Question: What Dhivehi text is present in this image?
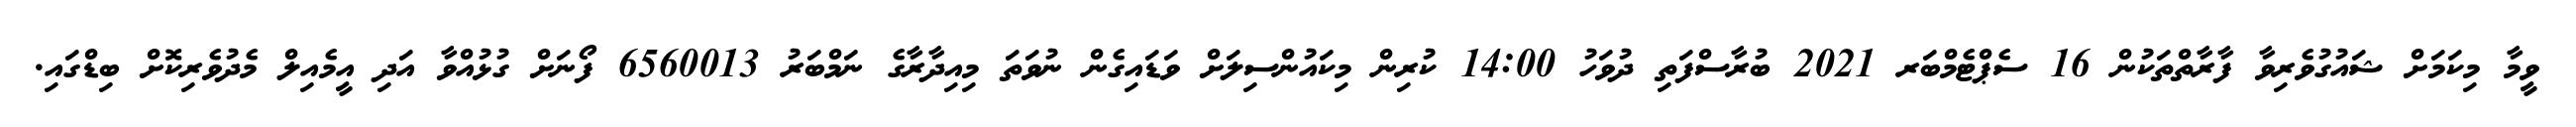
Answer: ވީމާ މިކަމަށް ޝައުގުވެރިވާ ފާރާތްތަކުން 16 ސެޕްޓެމްބަރ 2021 ބުރާސްފަތި ދުވަހު 14:00 ކުރިން މިކައުންސިލަށް ވަޑައިގެން ނުވަތަ މިއިދާރާގެ ނަމްބަރު 6560013 ފޯނަށް ގުޅުއްވާ އަދި އީމެއިލް މެދުވެރިކޮށް ބިޑްގައި.